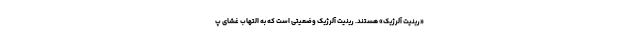
«رینیت آلرژیک» هستند. رینیت آلرژیک وضعیتی است که به التهاب غشای پ